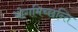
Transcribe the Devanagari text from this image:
भोगमिच्छन्ति